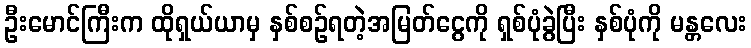
ဦးမောင်ကြီးက ထိုရှယ်ယာမှ နှစ်စဉ်ရတဲ့အမြတ်ငွေကို ရှစ်ပုံခွဲပြီး နှစ်ပုံကို မန္တလေး